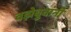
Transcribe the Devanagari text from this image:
वझेबुवांनी